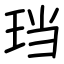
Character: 珰